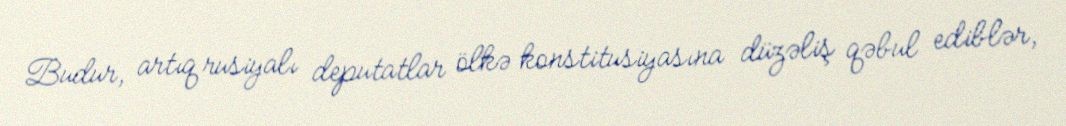
Budur, artıq rusiyalı deputatlar ölkə konstitusiyasına düzəliş qəbul ediblər,